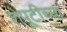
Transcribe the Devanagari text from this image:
शेपूटीच्या